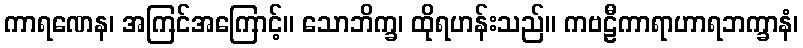
ကာရဏေန၊ အကြင်အကြောင့်။ သောဘိက္ခ၊ ထိုရဟန်းသည်။ ကဗဠီကာရာဟာရဘက္ခာနံ၊